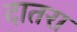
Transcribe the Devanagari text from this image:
दातरा